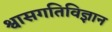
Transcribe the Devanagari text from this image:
श्वासगतिविज्ञान